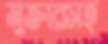
মুক্তারসহ